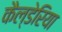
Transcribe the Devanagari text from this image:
कैल्डेरिया